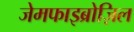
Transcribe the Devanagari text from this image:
जेमफाइब्रोज़िल